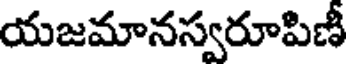
యజమానస్వరూపిణీ